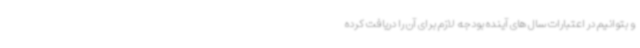
و بتوانیم در اعتبارات سال های آینده بودجه لازم برای آن را دریافت کرده